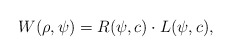
\begin{align*} W(\rho,\psi)=R(\psi,c)\cdot L(\psi,c), \end{align*}